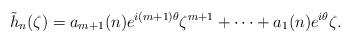
LaTeX: \begin{align*}\tilde h_n(\zeta)=a_{m+1}(n)e^{i(m+1)\theta}\zeta^{m+1}+\dots+a_1(n)e^{i\theta}\zeta.\end{align*}